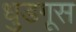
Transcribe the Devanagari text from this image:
धुडगूस